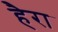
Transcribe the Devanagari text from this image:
हैरा